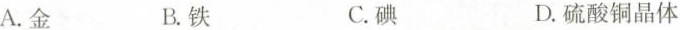
A.金 B.铁 C.碘 D.硫酸铜晶体